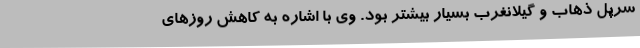
سرپل ذهاب و گیلانغرب بسیار بیشتر بود. وی با اشاره به کاهش روزهای